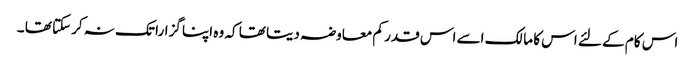
اس کام کے لئے اس کا مالک اسے اس قدر کم معاوضہ دیتا تھا کہ وہ اپنا گزارا تک نہ کرسکتا تھا ۔